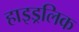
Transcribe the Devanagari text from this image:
हाइड्रलिक